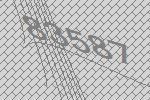
83587